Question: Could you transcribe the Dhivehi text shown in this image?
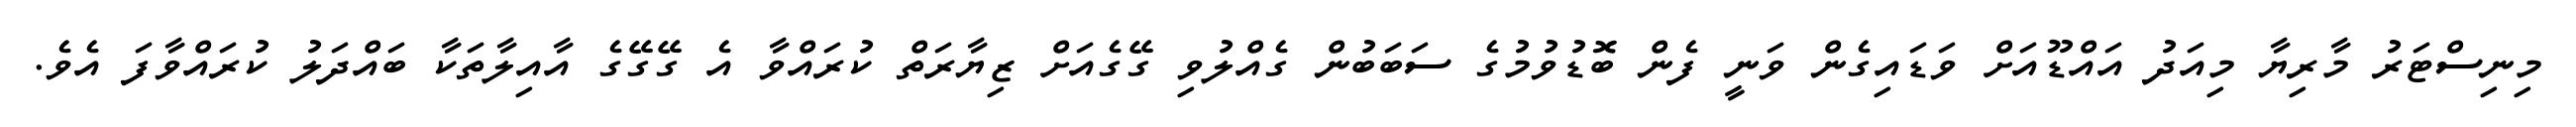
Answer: މިނިސްޓަރު މާރިޔާ މިއަދު އައްޑޫއަށް ވަޑައިގެން ވަނީ ފެން ބޮޑުވުމުގެ ސަބަބުން ގެއްލުވި ގޭގެއަށް ޒިޔާރަތް ކުރައްވާ އެ ގޭގޭގެ އާއިލާތަކާ ބައްދަލު ކުރައްވާފަ އެވެ.